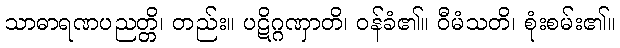
သာဓာရဏပညတ္တိ၊ တည်း။ ပဋိဂ္ဂဏှာတိ၊ ဝန်ခံ၏။ ဝီမံသတိ၊ စုံးစမ်း၏။